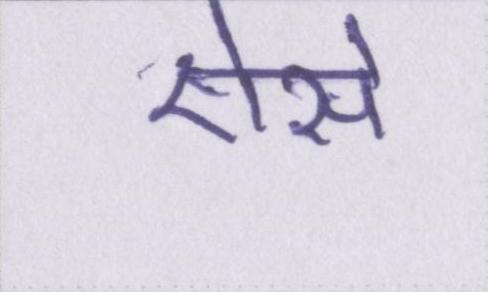
ऐसे